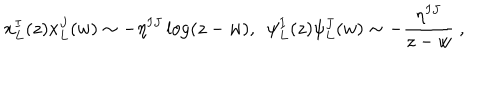
x _ { L } ^ { I } ( z ) x _ { L } ^ { J } ( w ) \sim - \eta ^ { I J } \log ( z - w ) , ~ ~ \psi _ { L } ^ { I } ( z ) \psi _ { L } ^ { J } ( w ) \sim - { \frac { \eta ^ { I J } } { z - w } } \ ,